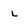
Character: L